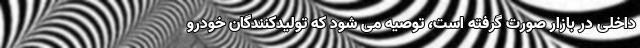
داخلی در بازار صورت گرفته است، توصیه می شود که تولیدکنندگان خودرو